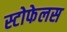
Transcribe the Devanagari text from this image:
स्टोफेलस